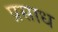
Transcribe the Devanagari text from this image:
प्रसाध